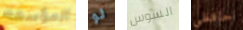
المؤسفة لو السوس حافظي